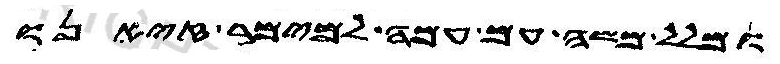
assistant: ומלל משה עם עמה למימר זיאנו